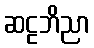
ဆဠဘိညာ